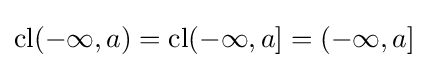
\operatorname {cl} (-\infty ,a)=\operatorname {cl} (-\infty ,a]=(-\infty ,a]